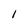
Character: l